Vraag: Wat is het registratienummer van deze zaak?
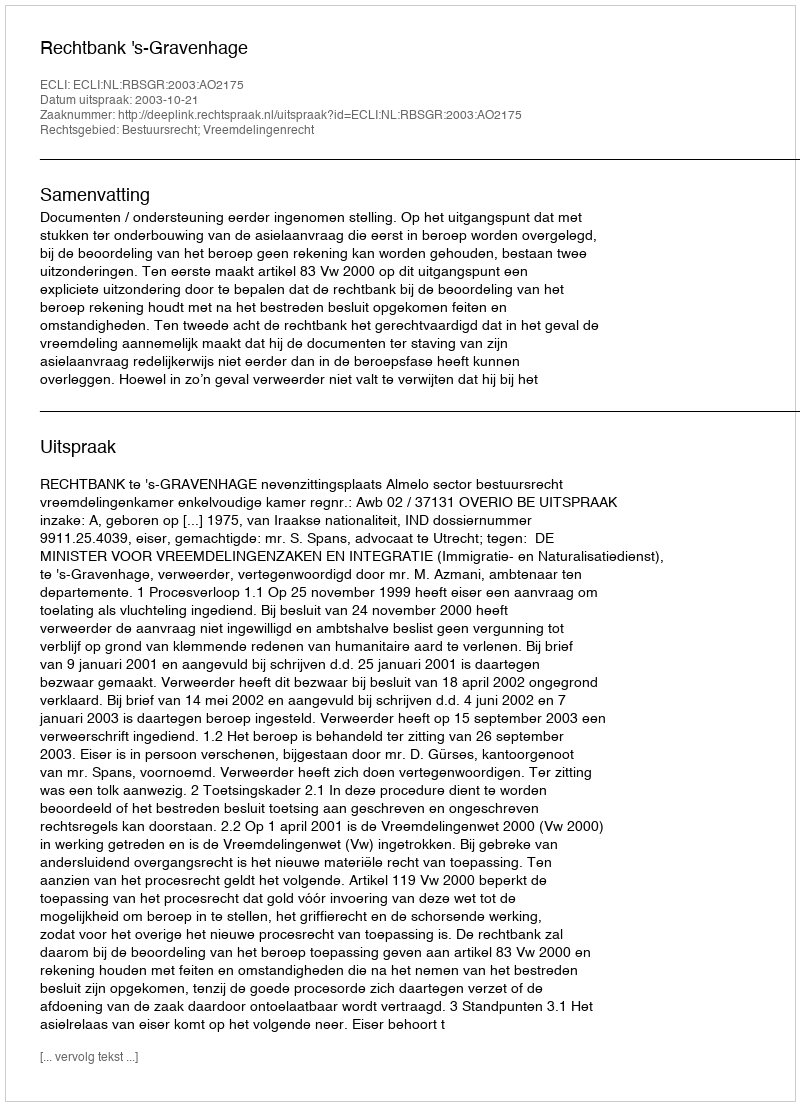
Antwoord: http://deeplink.rechtspraak.nl/uitspraak?id=ECLI:NL:RBSGR:2003:AO2175